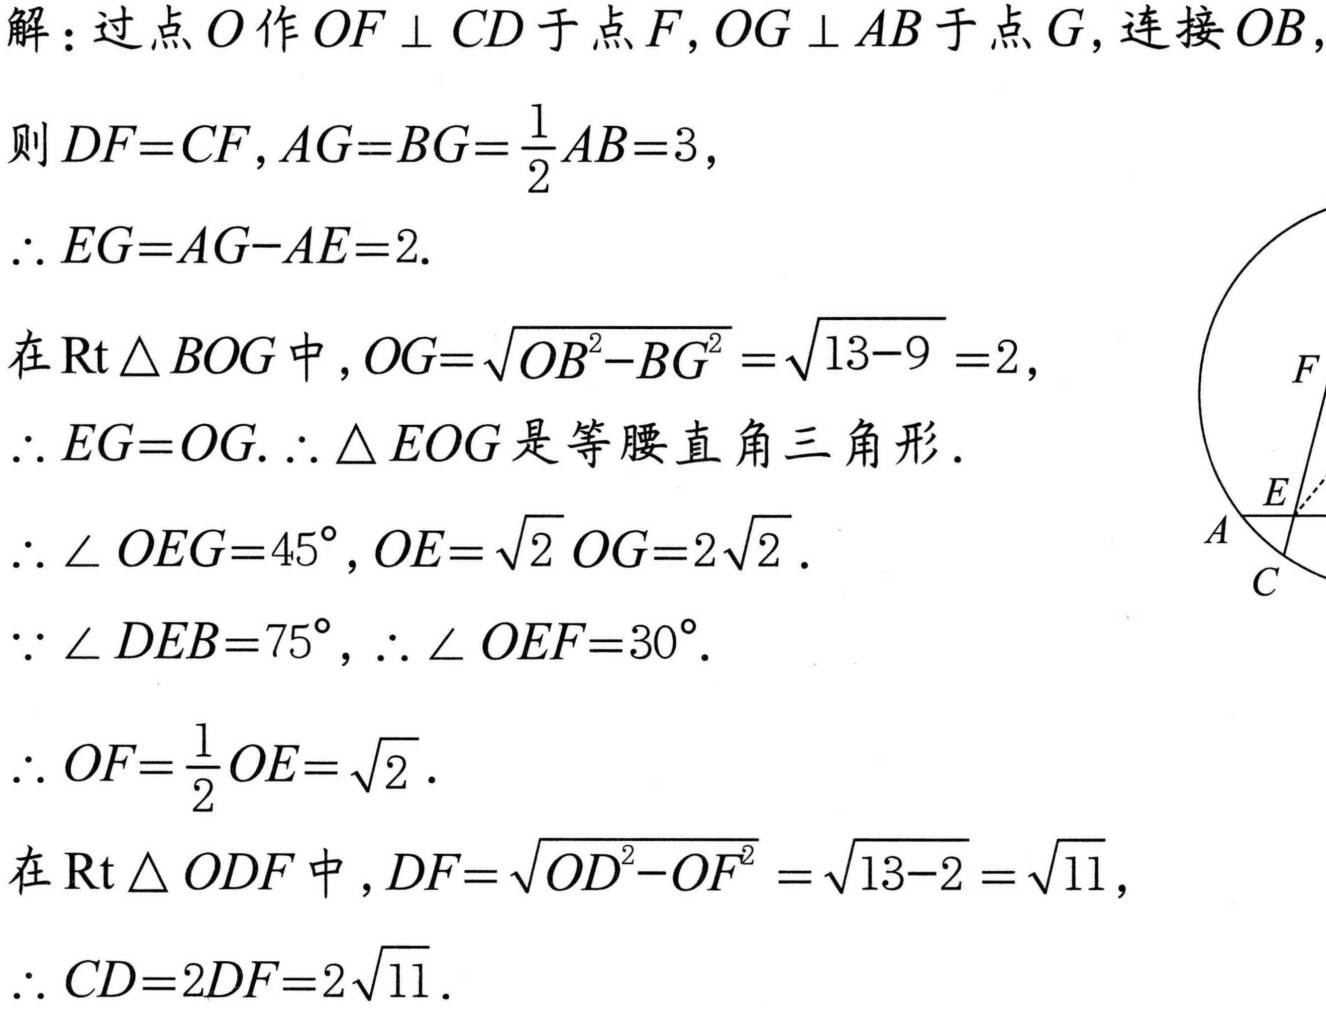
解：过点\(O\)作\(OF\perp CD\)于点\(F\)，\(OG\perp AB\)于点\(G\)，连接\(OB\)，
则\(DF = CF\)，\(AG=BG = \frac{1}{2}AB = 3\)，
\(\therefore EG=AG - AE = 2\).
在\(\text{Rt}\triangle BOG\)中，\(OG=\sqrt{OB^{2}-BG^{2}}=\sqrt{13 - 9}=2\)，
\(\therefore EG = OG\). \(\therefore\triangle EOG\)是等腰直角三角形．
\(\therefore\angle OEG = 45^{\circ}\)，\(OE=\sqrt{2}OG = 2\sqrt{2}\).
\(\because\angle DEB = 75^{\circ}\)，\(\therefore\angle OEF = 30^{\circ}\).
\(\therefore OF=\frac{1}{2}OE=\sqrt{2}\).
在\(\text{Rt}\triangle ODF\)中，\(DF=\sqrt{OD^{2}-OF^{2}}=\sqrt{13 - 2}=\sqrt{11}\)，
\(\therefore CD = 2DF=2\sqrt{11}\).
  ![](https://p6-hippo-sign.byteimg.com/tos-cn-i-a9yeduch1e/5d8c9d8c6d844572977d9d7666d9c294~tplv-ii0cwwkcx9-resize-crop-v1:480:350:661:627:0:0.png?lk3s=f89d68d8&x-expires=2040110631&x-signature=V6%2B1F5658u3U%2F644F%2F6d57X4UqM%3D)